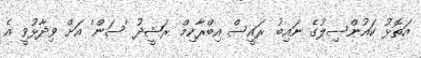
އަތޮޅު ކައުންސިލުގެ ނައިބު ރައީސް އިބްރާހިމް ރަޝީދު 'ސަން' އަށް ވިދާޅުވީ އެ